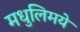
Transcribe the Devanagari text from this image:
मधुलिमये